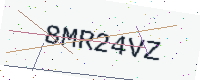
Text: 8MR24VZ